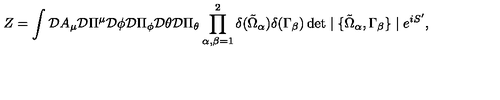
Z = \int { \cal D } A _ { \mu } { \cal D } \Pi ^ { \mu } { \cal D } \phi { \cal D } \Pi _ { \phi } { \cal D } \theta { \cal D } \Pi _ { \theta } \prod _ { \alpha , \beta = 1 } ^ { 2 } \delta ( \tilde { \Omega } _ { \alpha } ) \delta ( \Gamma _ { \beta } ) \det \mid \{ \tilde { \Omega } _ { \alpha } , \Gamma _ { \beta } \} \mid e ^ { i S ^ { \prime } } ,